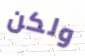
ولكن